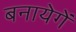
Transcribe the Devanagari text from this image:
बनायेगें